Mental hospitals Bombay report 1929-33 - 1929-1933
Year: 1929
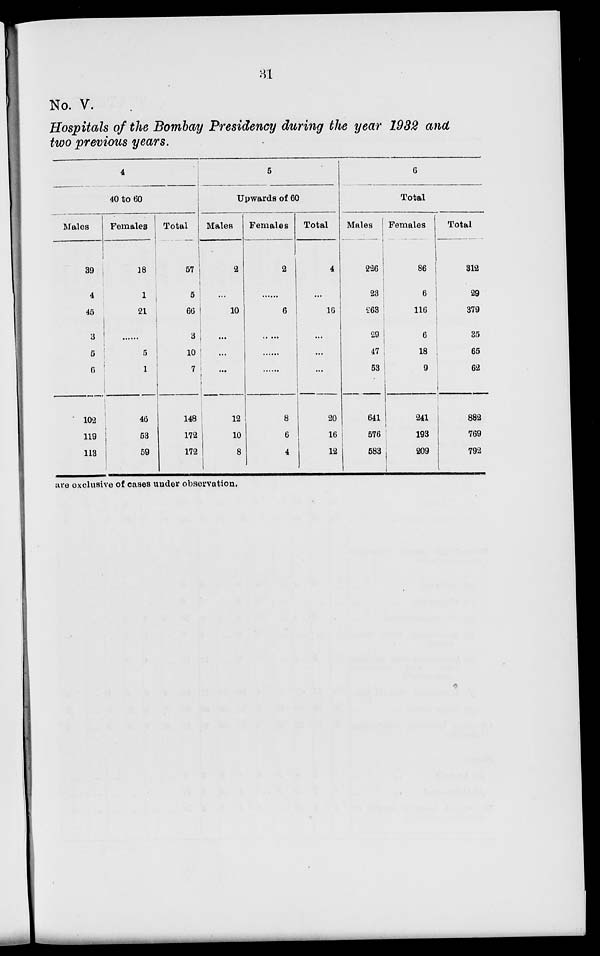
31
No. V.
Hospitals of the Bombay Presidency during the year 1932 and
two previous years.
4
40 to 60
Males
39
4
45
3
5
6
102
119
113
Females
18
1
21
......
5
1
46
53
59
Total
57
5
66
3
10
7
148
172
172
5
Upwards of 60
Males
2
...
10
...
...
......
12
10
8
Females
2
......
6
......
......
......
8
6
4
Total
4
...
16
...
...
...
20
16
12
6
Total
Males
226
28
263
29
47
53
641
576
583
Females
86
6
116
6
18
9
241
193
209
Total
312
29
379
35
65
62
882
769
792
are exclusive of cases under observation.